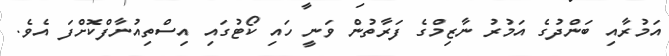
އަމުރާއި ބަންދުގެ އަމުރު ނާޒިމްގެ ފަރާތުން ވަނީ ހައި ކޯޓުގައި އިސްތިއުނާފްކޮށްފަ އެވެ.